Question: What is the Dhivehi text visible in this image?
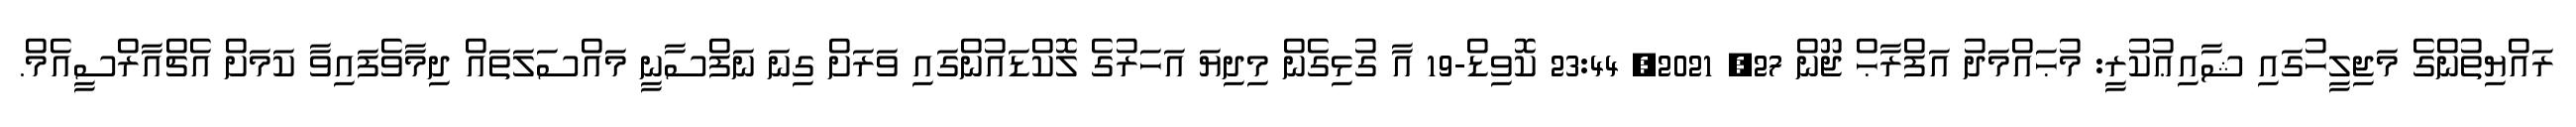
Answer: ރައްޔިތުންގެ މަޖިލީހުގައި ޝާއިޢުކުރީ: މުޙައްމަދު އަފްރާޙް ޖޫން 27, 2021, 23:44 ކޮވިޑް-19 އާ ގުޅިގެން މިދިޔަ އަހަރުގެ ލޮކްޑައުންގައި ވަރަށް ގިނަ ނަފްސާނީ މައްސަލަތައް ދިމާވެފައިވާ ކަމަށް އެޗްއާރްސީއެމް.